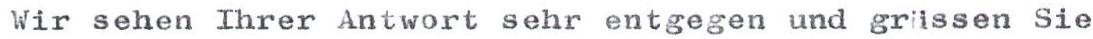
Wir sehen Ihrer Antwort sehr entgegen und grüssen Sie